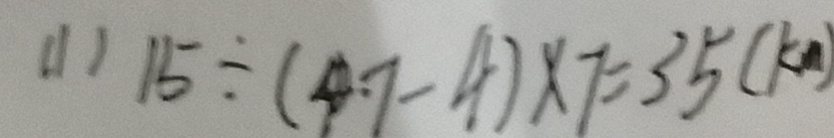
( 1 ) 1 5 \div ( 4 7 - 4 ) \times 7 = 3 5 ( k m )